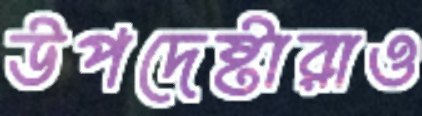
উপদেষ্টারাও